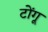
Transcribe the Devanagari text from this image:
टोंगू